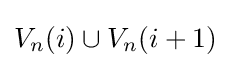
V_{n}(i)\cup V_{n}(i+1)